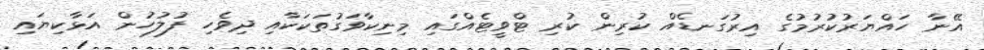
އޭނާ ހައްޔަރުކުރުމުގެ އިރުގަނޑެއް ކުރިން ކުރި ޓްވީޓެއްގައި މިނިކާވަގުތަކަކާއި ދިވެހި ފުލުހުން އަޅާކިޔައި